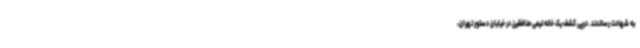
به شهادت رساندند. درپی کشف یک خانه تیمی منافقین در خیابان دستور تهران،